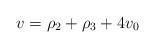
LaTeX: \begin{align*} v=\rho_2+\rho_3+4v_0\end{align*}